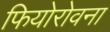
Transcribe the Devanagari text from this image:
फियोरोवना